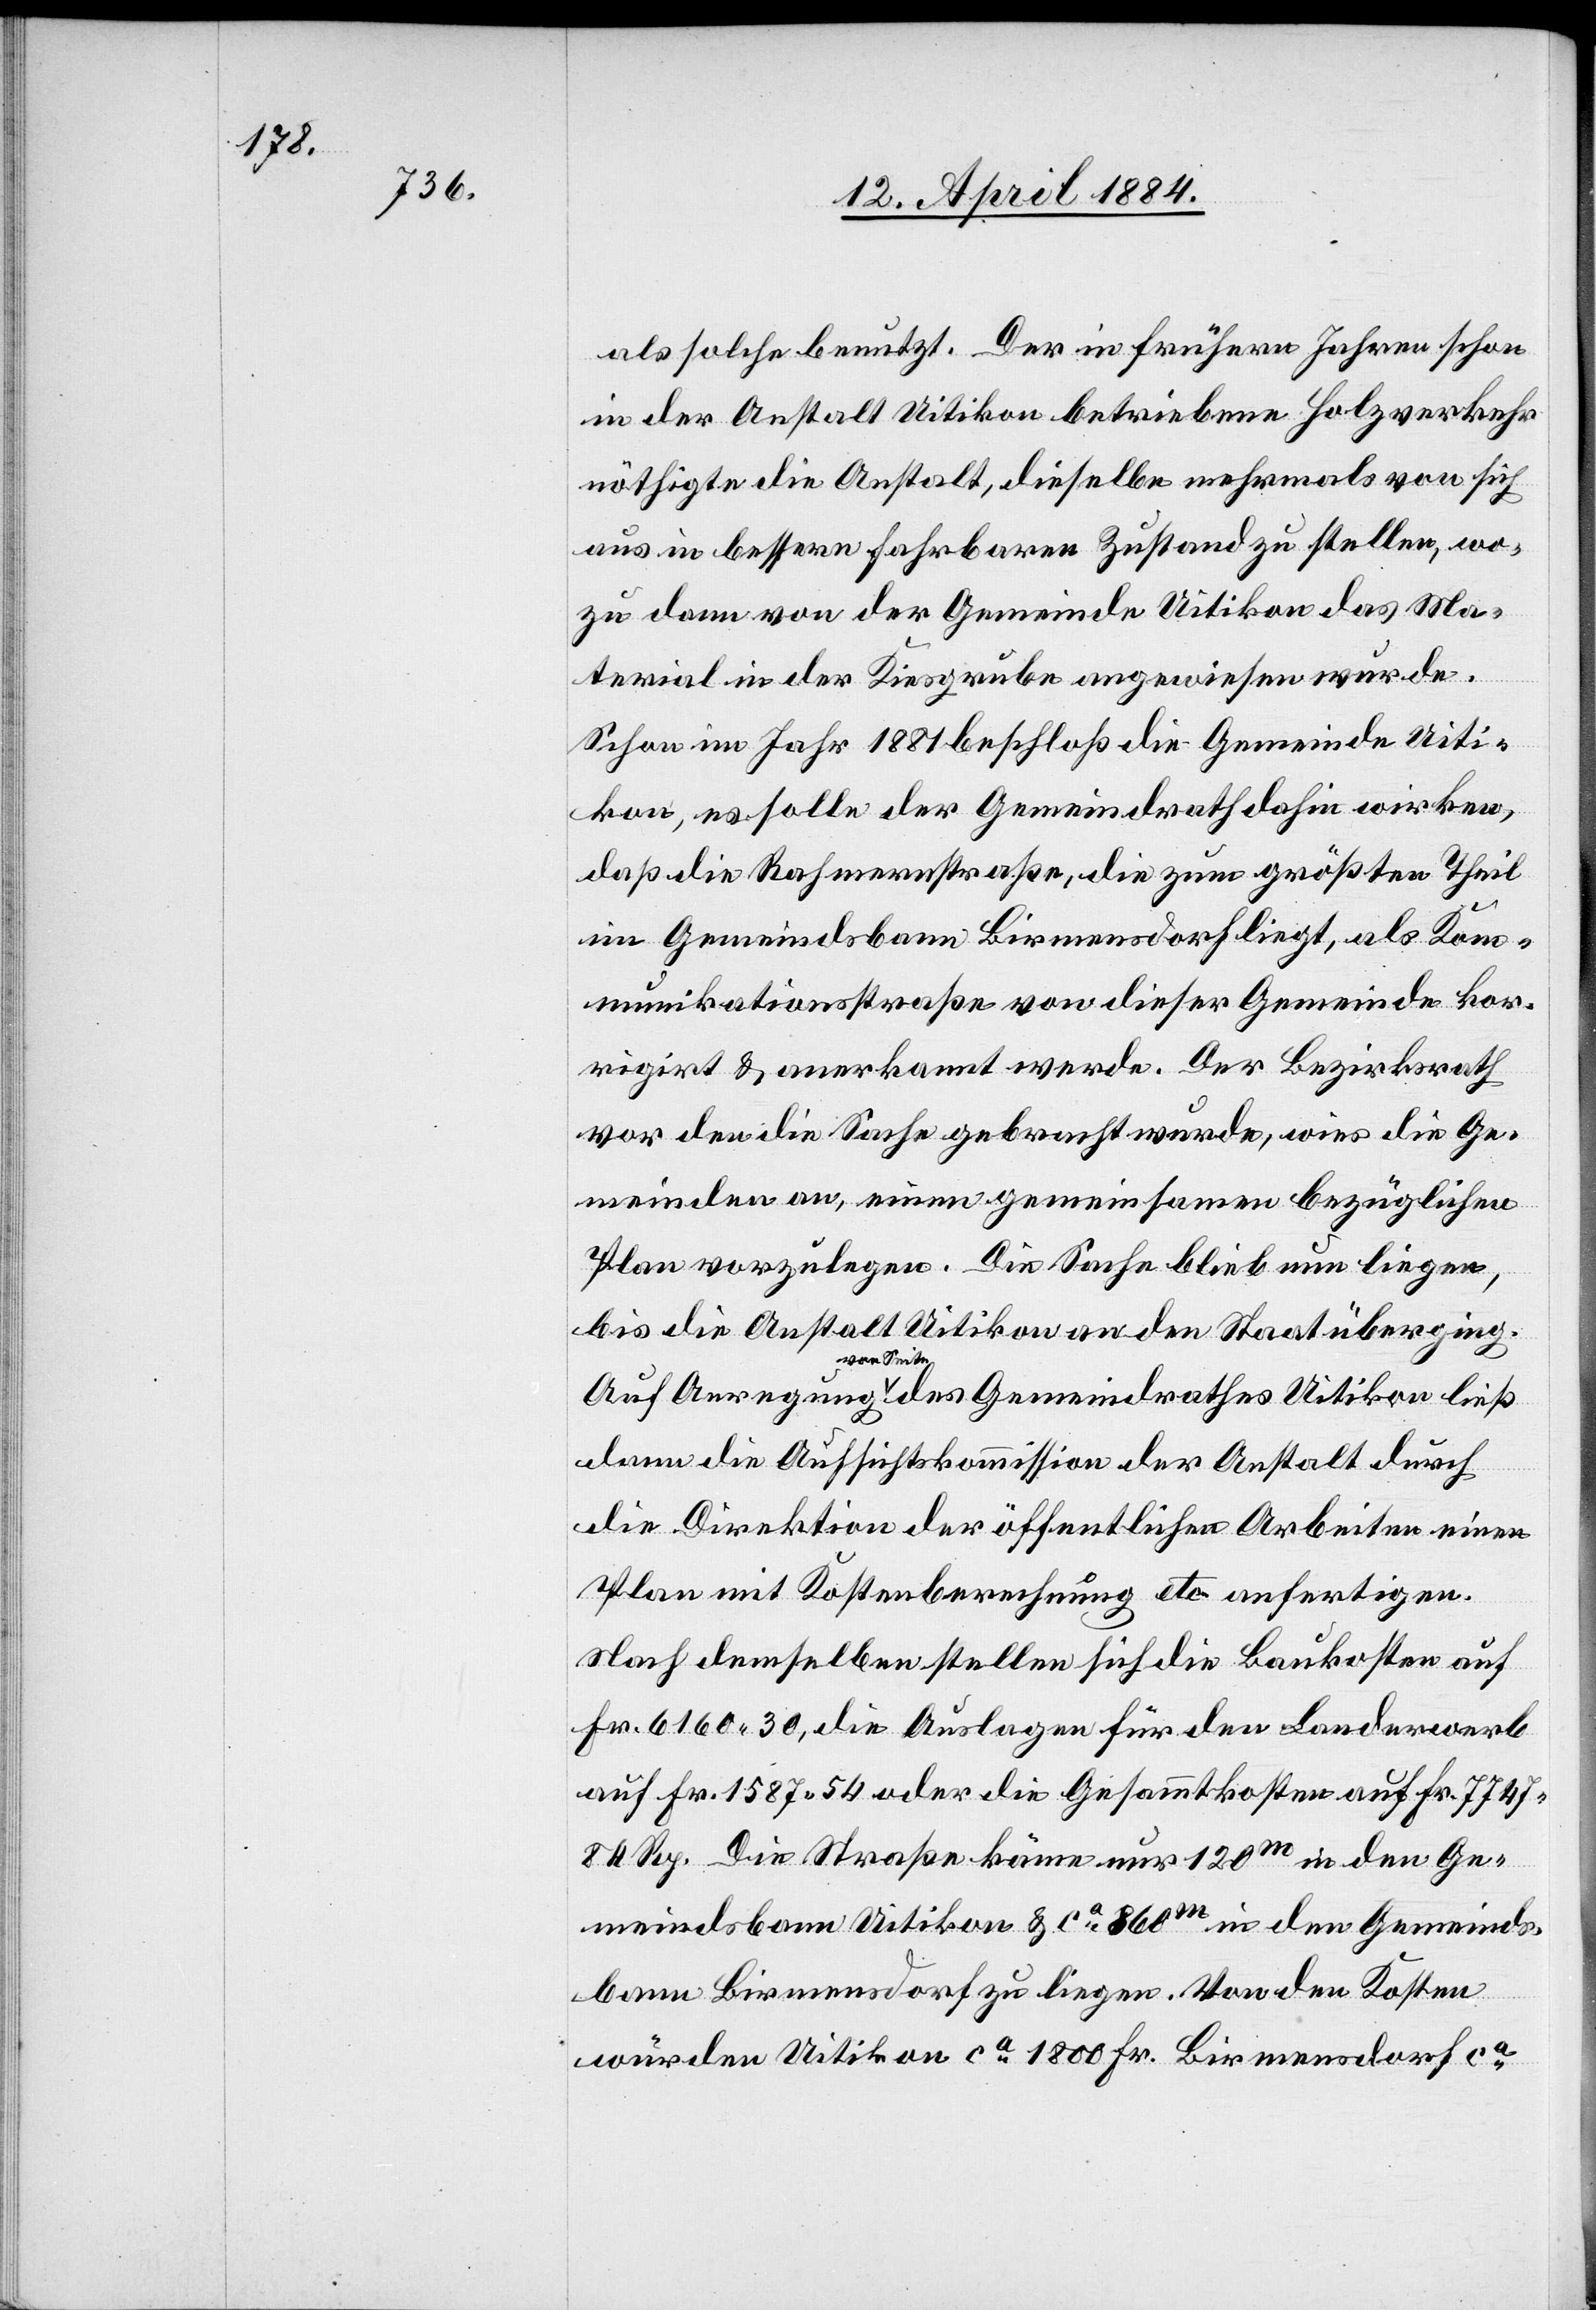
als solche benutzt. Der in frühern Jahren schon
in der Anstalt Uitikon betriebene Holzverkehr
nöthigte die Anstalt, dieselbe mehrmals von sich
aus in bessern fahrbaren Zustand zu stellen, wo¬
zu dann von der Gemeinde Uitikon das Ma¬
terial in der Kiesgrube angewiesen wurde.
Schon im Jahr 1881 beschloß die Gemeinde Uiti¬
kon, es solle der Gemeindrath dahin wirken,
daß die Rahmernstraße, die zum größten Theil
im Gemeindsbann Birmensdorf liegt, als Kom¬
munikationsstraße von dieser Gemeinde kor¬
rigirt & anerkannt werde. Der Bezirksrath
vor den die Sache gebracht wurde, wies die Ge¬
meinden an, einen gemeinsamen bezüglichen
Plan vorzulegen. Die Sache blieb nun liegen,
bis die Ansta¬
lt Uitikon an den Staat überging.
von Seiten
dann die Aufsichtskommission der Anstalt durch
die Direktion der öffentlichen Arbeiten einen
Plan mit Kostenberechnung etc. anfertigen.
Nach demselben stellen sich die Baukosten auf
Fr. 6160 30, die Auslagen für den Landerwerb
auf Fr. 1587 54 oder die Gesammtkosten auf Fr. 7747
84 Rp. Die Straße käme nur 120m in den Ge¬
meindsbann Uitikon & ca 860m in den Gemeinds¬
bann Birmensdorf zu liegen. Von den Kosten
würden Uitikon ca 1800 Fr. Birmensdorf ca